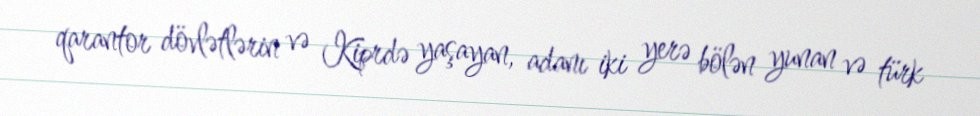
qarantor dövlətlərin və Kiprdə yaşayan, adanı iki yerə bölən yunan və türk